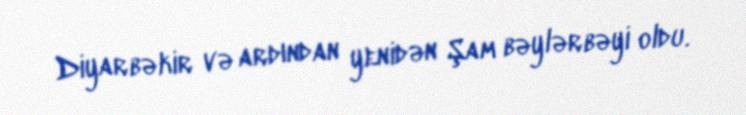
Diyarbəkir və ardından yenidən Şam bəylərbəyi oldu.